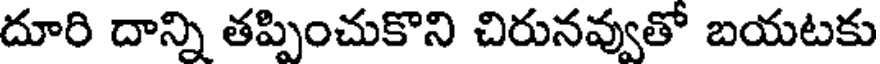
దూరి దాన్ని తప్పించుకొని చిరునవ్వుతో బయటకు